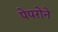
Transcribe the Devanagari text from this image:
पेपरोने